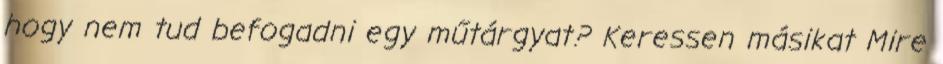
hogy nem tud befogadni egy műtárgyat? Keressen másikat Mire